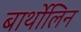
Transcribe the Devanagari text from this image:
बार्थोलिन